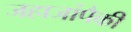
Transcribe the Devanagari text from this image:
जहाजांपैकी